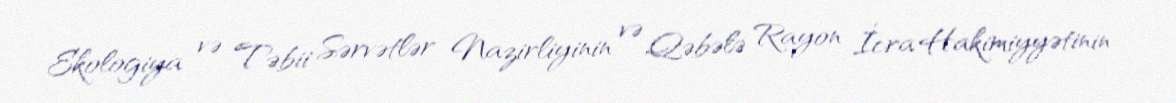
Ekologiya və Təbii Sərvətlər Nazirliyinin və Qəbələ Rayon İcra Hakimiyyətinin